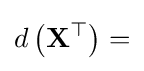
d\left(\mathbf {X} ^{\top }\right)=